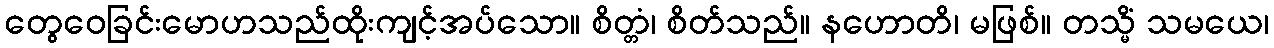
တွေဝေခြင်းမောဟသည်ထိုးကျင့်အပ်သော။ စိတ္တံ၊ စိတ်သည်။ နဟောတိ၊ မဖြစ်။ တသ္မိံ သမယေ၊